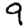
Digit: 9